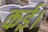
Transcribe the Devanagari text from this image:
कई।